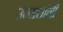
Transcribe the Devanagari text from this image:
उन्मत्तांनी